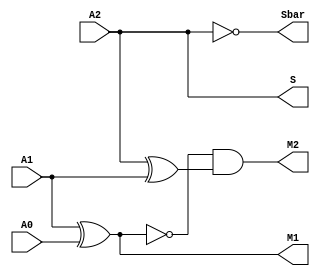
module booth2decoder (M1, M2, Sbar, S, A2, A1, A0);

   input  A2, A1, A0;
   
   output M1, M2, Sbar, S;

   buf b1 (S, A2);
   not i1 (Sbar, A2);
   xor x1 (M1, A1, A0);
   xor x2 (w2, A2, A1);
   not i2 (s1, M1);
   and a1 (M2, s1, w2);

endmodule // booth2decoder